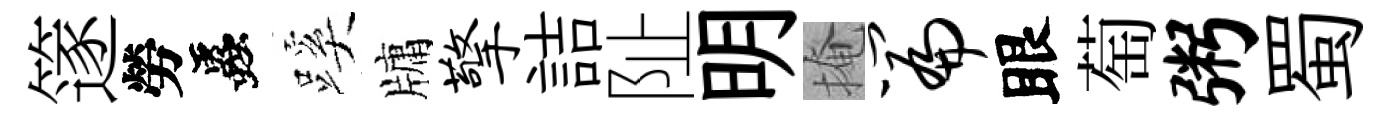
篴勞蟲蹊牗擎詰阯明掩篇眼萄粥蜀